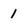
Character: 1